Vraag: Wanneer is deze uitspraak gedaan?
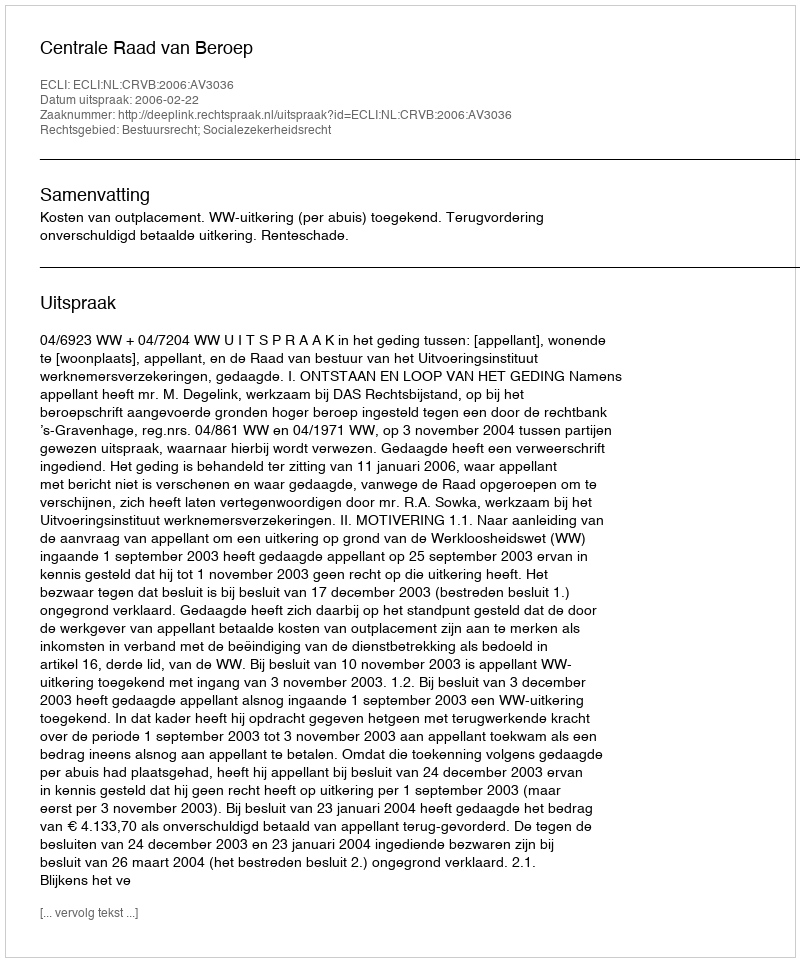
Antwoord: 2006-02-22